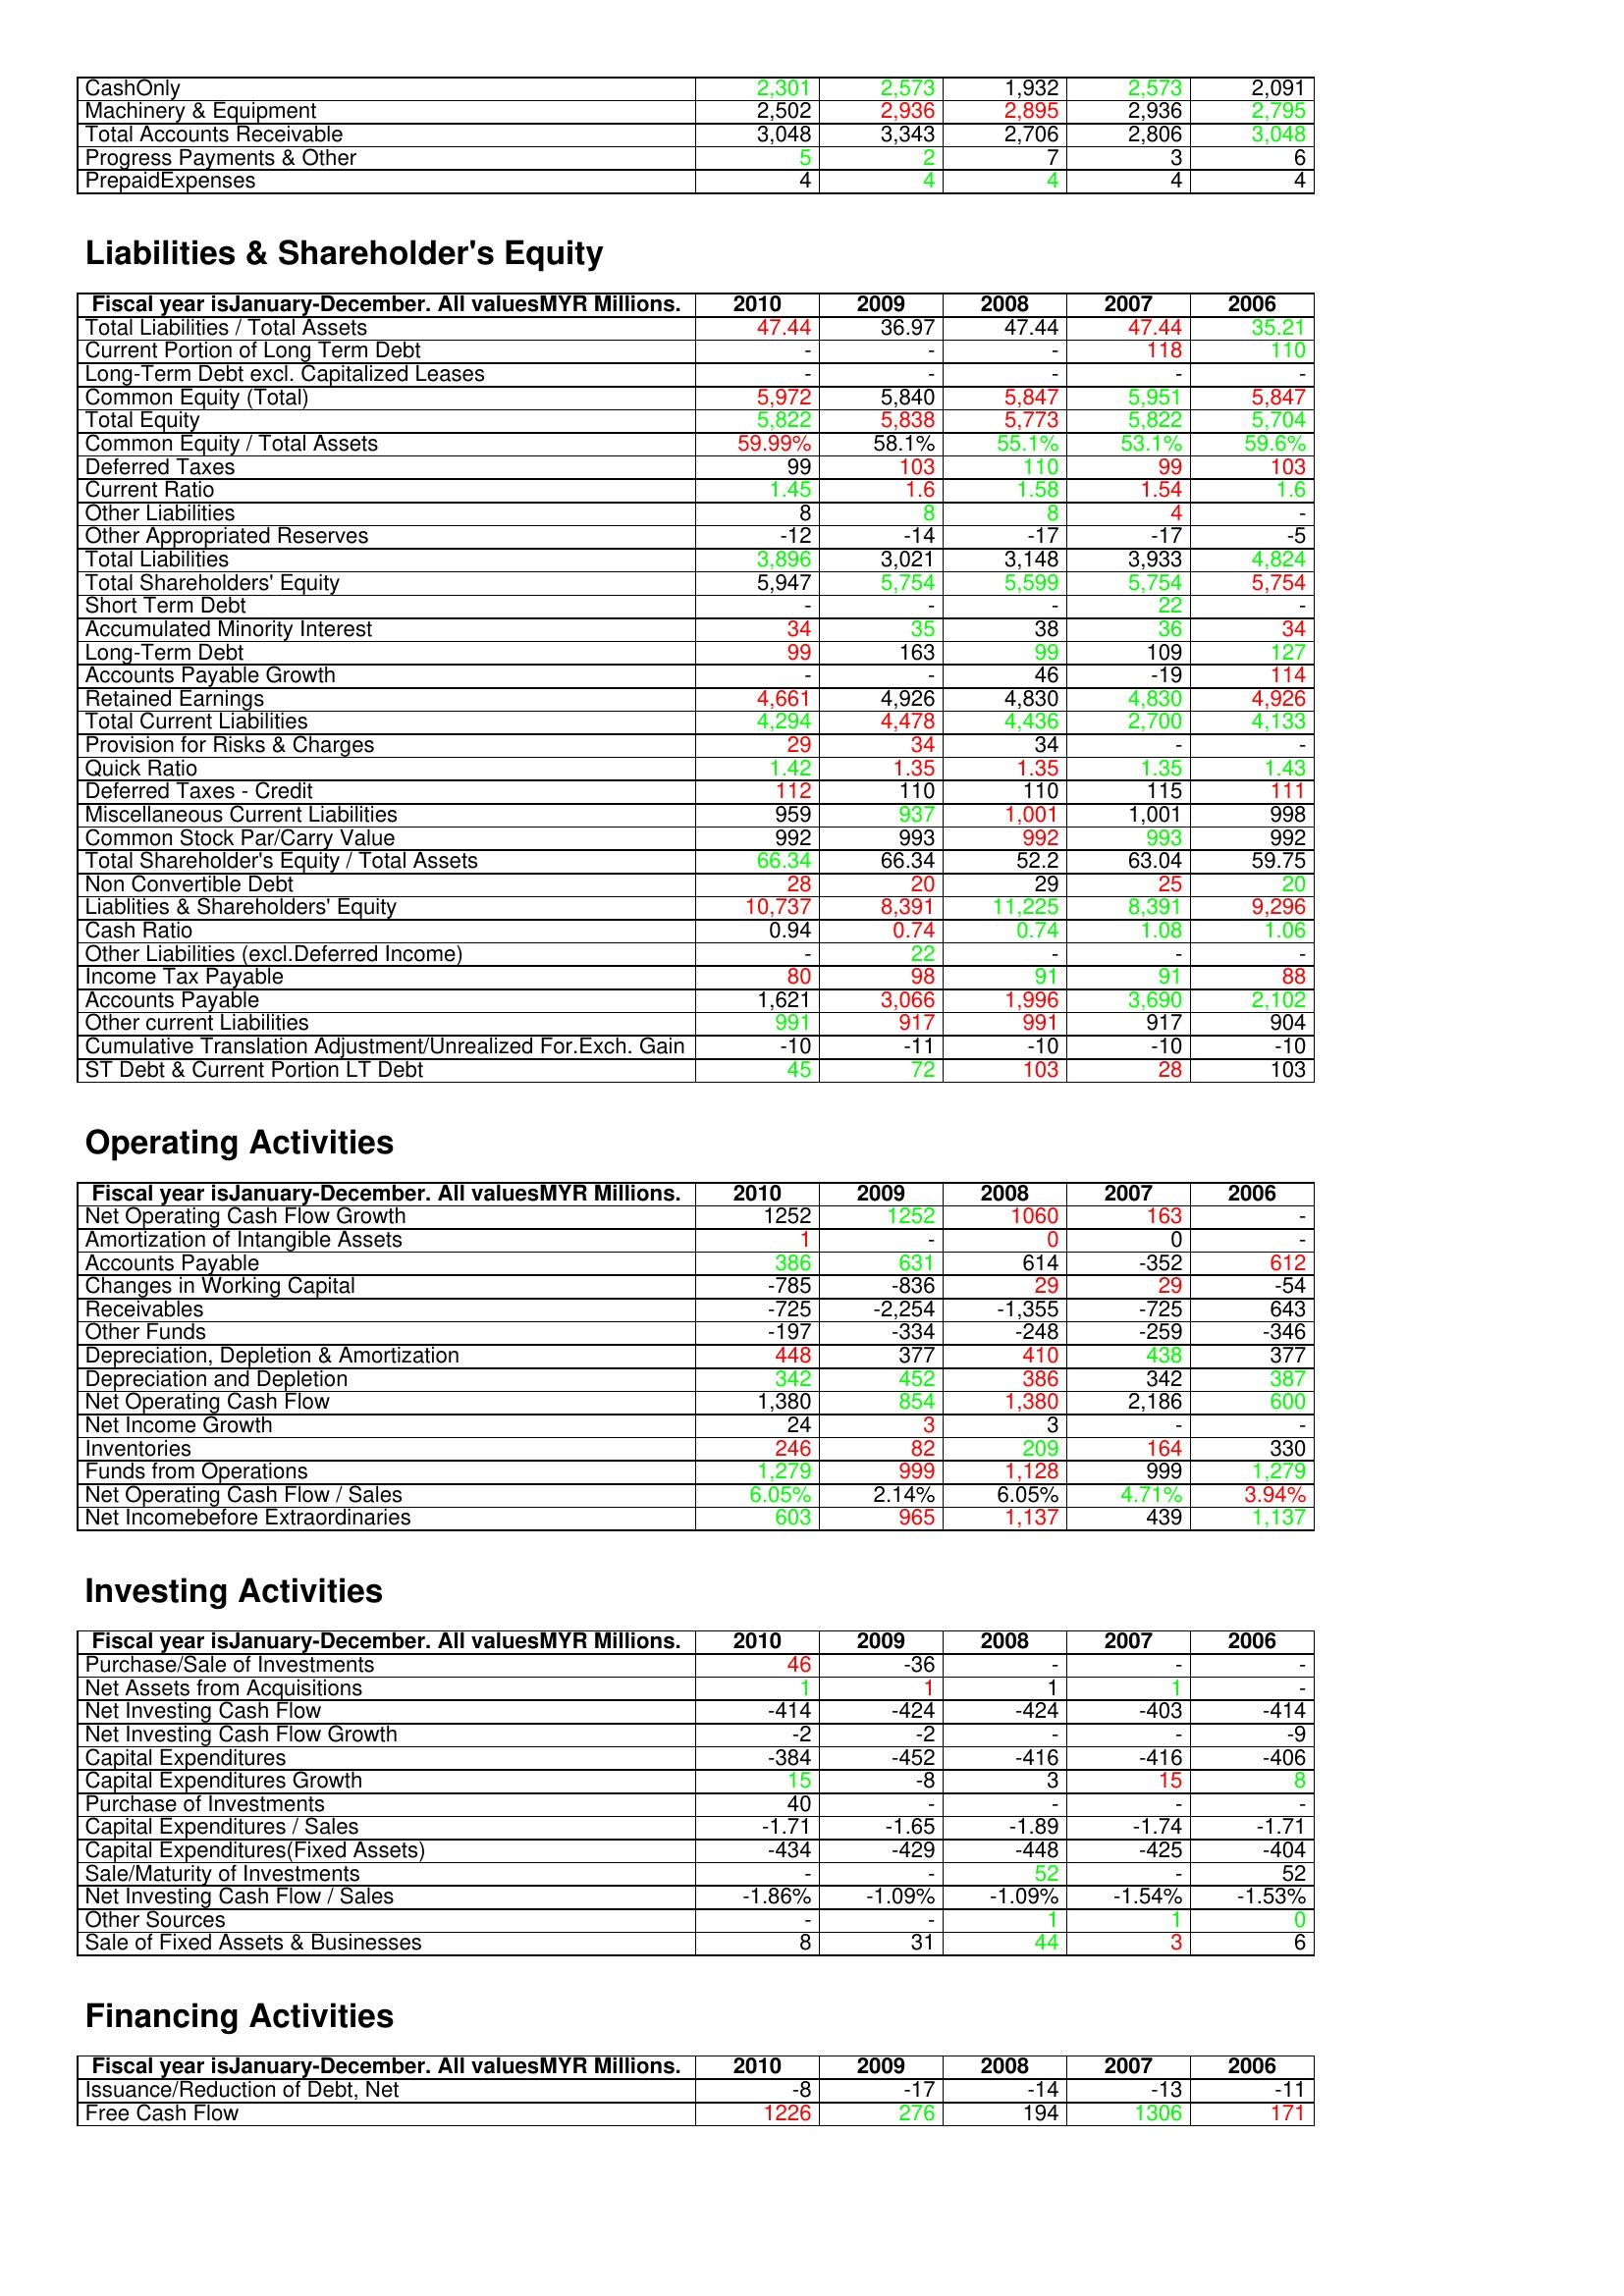
gt_parse: 2010: Assets: CashOnly: 2,301
Machinery & Equipment: 2,502
Total Accounts Receivable: 3,048
Progress Payments & Other: 5
PrepaidExpenses: 4
Liabilities & Shareholder's Equity: Total Liabilities / Total Assets: 47.44
Current Portion of Long Term Debt: -
Long-Term Debt excl. Capitalized Leases: -
Common Equity (Total): 5,972
Total Equity: 5,822
Common Equity / Total Assets: 59.99%
Deferred Taxes: 99
Current Ratio: 1.45
Other Liabilities: 8
Other Appropriated Reserves: -12
Total Liabilities: 3,896
Total Shareholders' Equity: 5,947
Short Term Debt: -
Accumulated Minority Interest: 34
Long-Term Debt: 99
Accounts Payable Growth: -
Retained Earnings: 4,661
Total Current Liabilities: 4,294
Provision for Risks & Charges: 29
Quick Ratio: 1.42
Deferred Taxes - Credit: 112
Miscellaneous Current Liabilities: 959
Common Stock Par/Carry Value: 992
Total Shareholder's Equity / Total Assets: 66.34
Non Convertible Debt: 28
Liablities & Shareholders' Equity: 10,737
Cash Ratio: 0.94
Other Liabilities (excl.Deferred Income): -
Income Tax Payable: 80
Accounts Payable: 1,621
Other current Liabilities: 991
Cumulative Translation Adjustment/Unrealized For.Exch. Gain: -10
ST Debt & Current Portion LT Debt: 45
Operating Activities: Net Operating Cash Flow Growth: 1252
Amortization of Intangible Assets: 1
Accounts Payable: 386
Changes in Working Capital: -785
Receivables: -725
Other Funds: -197
Depreciation, Depletion & Amortization: 448
Depreciation and Depletion: 342
Net Operating Cash Flow: 1,380
Net Income Growth: 24
Inventories: 246
Funds from Operations: 1,279
Net Operating Cash Flow / Sales: 6.05%
Net Incomebefore Extraordinaries: 603
Investing Activities: Purchase/Sale of Investments: 46
Net Assets from Acquisitions: 1
Net Investing Cash Flow: -414
Net Investing Cash Flow Growth: -2
Capital Expenditures: -384
Capital Expenditures Growth: 15
Purchase of Investments: 40
Capital Expenditures / Sales: -1.71
Capital Expenditures(Fixed Assets): -434
Sale/Maturity of Investments: -
Net Investing Cash Flow / Sales: -1.86%
Other Sources: -
Sale of Fixed Assets & Businesses: 8
Financing Activities: Issuance/Reduction of Debt, Net: -8
Free Cash Flow: 1226
2009: Assets: CashOnly: 2,573
Machinery & Equipment: 2,936
Total Accounts Receivable: 3,343
Progress Payments & Other: 2
PrepaidExpenses: 4
Liabilities & Shareholder's Equity: Total Liabilities / Total Assets: 36.97
Current Portion of Long Term Debt: -
Long-Term Debt excl. Capitalized Leases: -
Common Equity (Total): 5,840
Total Equity: 5,838
Common Equity / Total Assets: 58.1%
Deferred Taxes: 103
Current Ratio: 1.6
Other Liabilities: 8
Other Appropriated Reserves: -14
Total Liabilities: 3,021
Total Shareholders' Equity: 5,754
Short Term Debt: -
Accumulated Minority Interest: 35
Long-Term Debt: 163
Accounts Payable Growth: -
Retained Earnings: 4,926
Total Current Liabilities: 4,478
Provision for Risks & Charges: 34
Quick Ratio: 1.35
Deferred Taxes - Credit: 110
Miscellaneous Current Liabilities: 937
Common Stock Par/Carry Value: 993
Total Shareholder's Equity / Total Assets: 66.34
Non Convertible Debt: 20
Liablities & Shareholders' Equity: 8,391
Cash Ratio: 0.74
Other Liabilities (excl.Deferred Income): 22
Income Tax Payable: 98
Accounts Payable: 3,066
Other current Liabilities: 917
Cumulative Translation Adjustment/Unrealized For.Exch. Gain: -11
ST Debt & Current Portion LT Debt: 72
Operating Activities: Net Operating Cash Flow Growth: 1252
Amortization of Intangible Assets: -
Accounts Payable: 631
Changes in Working Capital: -836
Receivables: -2,254
Other Funds: -334
Depreciation, Depletion & Amortization: 377
Depreciation and Depletion: 452
Net Operating Cash Flow: 854
Net Income Growth: 3
Inventories: 82
Funds from Operations: 999
Net Operating Cash Flow / Sales: 2.14%
Net Incomebefore Extraordinaries: 965
Investing Activities: Purchase/Sale of Investments: -36
Net Assets from Acquisitions: 1
Net Investing Cash Flow: -424
Net Investing Cash Flow Growth: -2
Capital Expenditures: -452
Capital Expenditures Growth: -8
Purchase of Investments: -
Capital Expenditures / Sales: -1.65
Capital Expenditures(Fixed Assets): -429
Sale/Maturity of Investments: -
Net Investing Cash Flow / Sales: -1.09%
Other Sources: -
Sale of Fixed Assets & Businesses: 31
Financing Activities: Issuance/Reduction of Debt, Net: -17
Free Cash Flow: 276
2008: Assets: CashOnly: 1,932
Machinery & Equipment: 2,895
Total Accounts Receivable: 2,706
Progress Payments & Other: 7
PrepaidExpenses: 4
Liabilities & Shareholder's Equity: Total Liabilities / Total Assets: 47.44
Current Portion of Long Term Debt: -
Long-Term Debt excl. Capitalized Leases: -
Common Equity (Total): 5,847
Total Equity: 5,773
Common Equity / Total Assets: 55.1%
Deferred Taxes: 110
Current Ratio: 1.58
Other Liabilities: 8
Other Appropriated Reserves: -17
Total Liabilities: 3,148
Total Shareholders' Equity: 5,599
Short Term Debt: -
Accumulated Minority Interest: 38
Long-Term Debt: 99
Accounts Payable Growth: 46
Retained Earnings: 4,830
Total Current Liabilities: 4,436
Provision for Risks & Charges: 34
Quick Ratio: 1.35
Deferred Taxes - Credit: 110
Miscellaneous Current Liabilities: 1,001
Common Stock Par/Carry Value: 992
Total Shareholder's Equity / Total Assets: 52.2
Non Convertible Debt: 29
Liablities & Shareholders' Equity: 11,225
Cash Ratio: 0.74
Other Liabilities (excl.Deferred Income): -
Income Tax Payable: 91
Accounts Payable: 1,996
Other current Liabilities: 991
Cumulative Translation Adjustment/Unrealized For.Exch. Gain: -10
ST Debt & Current Portion LT Debt: 103
Operating Activities: Net Operating Cash Flow Growth: 1060
Amortization of Intangible Assets: 0
Accounts Payable: 614
Changes in Working Capital: 29
Receivables: -1,355
Other Funds: -248
Depreciation, Depletion & Amortization: 410
Depreciation and Depletion: 386
Net Operating Cash Flow: 1,380
Net Income Growth: 3
Inventories: 209
Funds from Operations: 1,128
Net Operating Cash Flow / Sales: 6.05%
Net Incomebefore Extraordinaries: 1,137
Investing Activities: Purchase/Sale of Investments: -
Net Assets from Acquisitions: 1
Net Investing Cash Flow: -424
Net Investing Cash Flow Growth: -
Capital Expenditures: -416
Capital Expenditures Growth: 3
Purchase of Investments: -
Capital Expenditures / Sales: -1.89
Capital Expenditures(Fixed Assets): -448
Sale/Maturity of Investments: 52
Net Investing Cash Flow / Sales: -1.09%
Other Sources: 1
Sale of Fixed Assets & Businesses: 44
Financing Activities: Issuance/Reduction of Debt, Net: -14
Free Cash Flow: 194
2007: Assets: CashOnly: 2,573
Machinery & Equipment: 2,936
Total Accounts Receivable: 2,806
Progress Payments & Other: 3
PrepaidExpenses: 4
Liabilities & Shareholder's Equity: Total Liabilities / Total Assets: 47.44
Current Portion of Long Term Debt: 118
Long-Term Debt excl. Capitalized Leases: -
Common Equity (Total): 5,951
Total Equity: 5,822
Common Equity / Total Assets: 53.1%
Deferred Taxes: 99
Current Ratio: 1.54
Other Liabilities: 4
Other Appropriated Reserves: -17
Total Liabilities: 3,933
Total Shareholders' Equity: 5,754
Short Term Debt: 22
Accumulated Minority Interest: 36
Long-Term Debt: 109
Accounts Payable Growth: -19
Retained Earnings: 4,830
Total Current Liabilities: 2,700
Provision for Risks & Charges: -
Quick Ratio: 1.35
Deferred Taxes - Credit: 115
Miscellaneous Current Liabilities: 1,001
Common Stock Par/Carry Value: 993
Total Shareholder's Equity / Total Assets: 63.04
Non Convertible Debt: 25
Liablities & Shareholders' Equity: 8,391
Cash Ratio: 1.08
Other Liabilities (excl.Deferred Income): -
Income Tax Payable: 91
Accounts Payable: 3,690
Other current Liabilities: 917
Cumulative Translation Adjustment/Unrealized For.Exch. Gain: -10
ST Debt & Current Portion LT Debt: 28
Operating Activities: Net Operating Cash Flow Growth: 163
Amortization of Intangible Assets: 0
Accounts Payable: -352
Changes in Working Capital: 29
Receivables: -725
Other Funds: -259
Depreciation, Depletion & Amortization: 438
Depreciation and Depletion: 342
Net Operating Cash Flow: 2,186
Net Income Growth: -
Inventories: 164
Funds from Operations: 999
Net Operating Cash Flow / Sales: 4.71%
Net Incomebefore Extraordinaries: 439
Investing Activities: Purchase/Sale of Investments: -
Net Assets from Acquisitions: 1
Net Investing Cash Flow: -403
Net Investing Cash Flow Growth: -
Capital Expenditures: -416
Capital Expenditures Growth: 15
Purchase of Investments: -
Capital Expenditures / Sales: -1.74
Capital Expenditures(Fixed Assets): -425
Sale/Maturity of Investments: -
Net Investing Cash Flow / Sales: -1.54%
Other Sources: 1
Sale of Fixed Assets & Businesses: 3
Financing Activities: Issuance/Reduction of Debt, Net: -13
Free Cash Flow: 1306
2006: Assets: CashOnly: 2,091
Machinery & Equipment: 2,795
Total Accounts Receivable: 3,048
Progress Payments & Other: 6
PrepaidExpenses: 4
Liabilities & Shareholder's Equity: Total Liabilities / Total Assets: 35.21
Current Portion of Long Term Debt: 110
Long-Term Debt excl. Capitalized Leases: -
Common Equity (Total): 5,847
Total Equity: 5,704
Common Equity / Total Assets: 59.6%
Deferred Taxes: 103
Current Ratio: 1.6
Other Liabilities: -
Other Appropriated Reserves: -5
Total Liabilities: 4,824
Total Shareholders' Equity: 5,754
Short Term Debt: -
Accumulated Minority Interest: 34
Long-Term Debt: 127
Accounts Payable Growth: 114
Retained Earnings: 4,926
Total Current Liabilities: 4,133
Provision for Risks & Charges: -
Quick Ratio: 1.43
Deferred Taxes - Credit: 111
Miscellaneous Current Liabilities: 998
Common Stock Par/Carry Value: 992
Total Shareholder's Equity / Total Assets: 59.75
Non Convertible Debt: 20
Liablities & Shareholders' Equity: 9,296
Cash Ratio: 1.06
Other Liabilities (excl.Deferred Income): -
Income Tax Payable: 88
Accounts Payable: 2,102
Other current Liabilities: 904
Cumulative Translation Adjustment/Unrealized For.Exch. Gain: -10
ST Debt & Current Portion LT Debt: 103
Operating Activities: Net Operating Cash Flow Growth: -
Amortization of Intangible Assets: -
Accounts Payable: 612
Changes in Working Capital: -54
Receivables: 643
Other Funds: -346
Depreciation, Depletion & Amortization: 377
Depreciation and Depletion: 387
Net Operating Cash Flow: 600
Net Income Growth: -
Inventories: 330
Funds from Operations: 1,279
Net Operating Cash Flow / Sales: 3.94%
Net Incomebefore Extraordinaries: 1,137
Investing Activities: Purchase/Sale of Investments: -
Net Assets from Acquisitions: -
Net Investing Cash Flow: -414
Net Investing Cash Flow Growth: -9
Capital Expenditures: -406
Capital Expenditures Growth: 8
Purchase of Investments: -
Capital Expenditures / Sales: -1.71
Capital Expenditures(Fixed Assets): -404
Sale/Maturity of Investments: 52
Net Investing Cash Flow / Sales: -1.53%
Other Sources: 0
Sale of Fixed Assets & Businesses: 6
Financing Activities: Issuance/Reduction of Debt, Net: -11
Free Cash Flow: 171